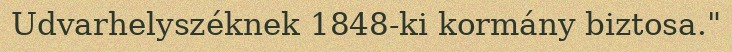
Udvarhelyszéknek 1848-ki kormány biztosa."